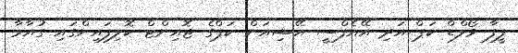
ފީފާ ވޯލްޑް ކަޕް އަދި އޭއެފްސީ އޭޝިއަން ކަޕްގެ ޖޮއިންޓް ކޮލިފައިންގައި ގުއާމާ